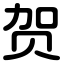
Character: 贺